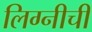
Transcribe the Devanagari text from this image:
लिग्नीची